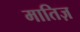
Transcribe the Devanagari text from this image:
मातिज़